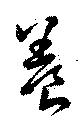
養